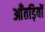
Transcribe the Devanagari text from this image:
आँतड़ियों